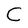
Character: C